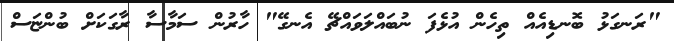
"ރަނގަޅު ބޮނޑިއެއް ތިހެން އުޅެފަ ނުބައްލަވައްޗޭ އެނގޭ" ހާރުން ސަމާސާ ރާގަކަށް ބުންޏަސް